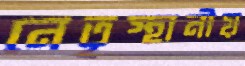
নেতৃস্থানীয়